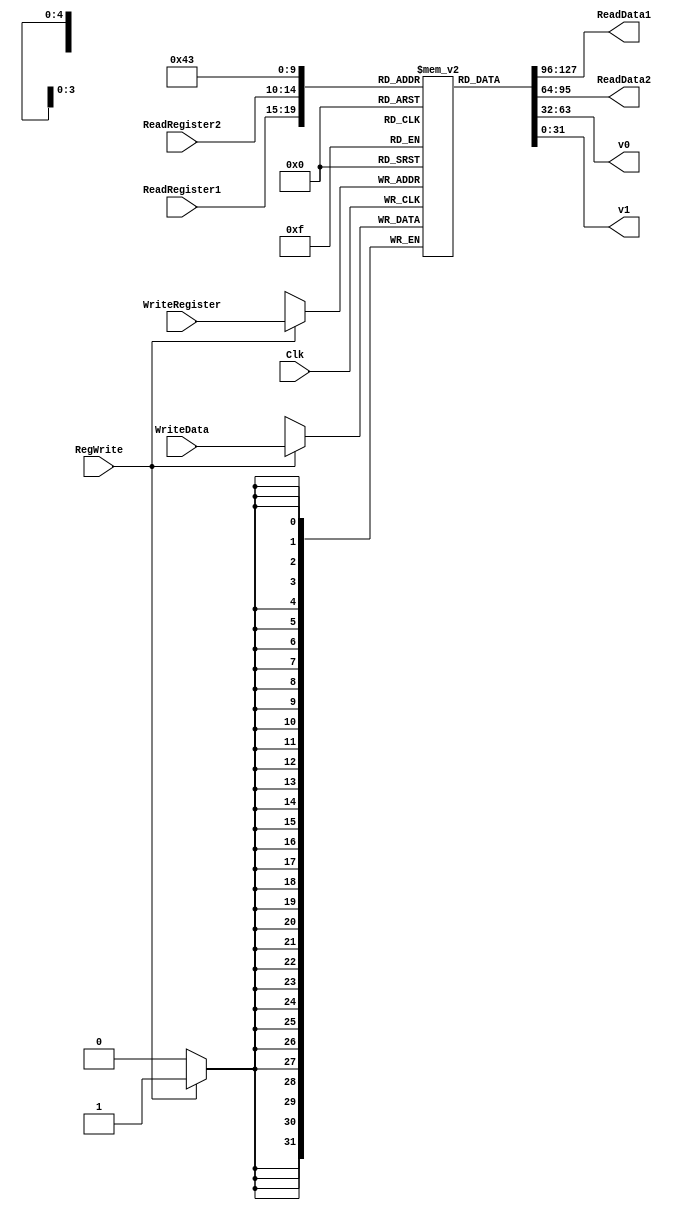
module RegisterFile(ReadRegister1, ReadRegister2, WriteRegister, WriteData, RegWrite, Clk, ReadData1, ReadData2, v0, v1);

  /* Please fill in the implementation here... */
  input Clk, RegWrite;
  input [4:0] ReadRegister1, ReadRegister2, WriteRegister;
  input [31:0] WriteData;
  output reg [31:0] ReadData1, ReadData2, v0, v1;
  reg[31:0] arrayReg[0:31];
  integer i = 0;

//create 32 element array of 32 bit words
  initial begin 
      for (i=0;i<32;i=i+1) begin
          arrayReg[i] <= 0;
      end
      arrayReg[29] <= 4095 << 2; 
  end

  always@(*) begin
      //read data out of read registers
      //grab the read register address 1 or 2  and stuff into readdata 1 or 2
          ReadData1 <= arrayReg[ReadRegister1];
          ReadData2 <= arrayReg[ReadRegister2];
          v0 <= arrayReg[2];
          v1 <= arrayReg[3];
  end    

  always@(posedge Clk) begin
      if (RegWrite) begin
          arrayReg[WriteRegister]<=WriteData;
      end
      else begin
      end
  end


endmodule